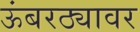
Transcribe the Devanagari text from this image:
ऊंबरठ्यावर